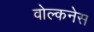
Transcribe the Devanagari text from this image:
वोल्कनेस